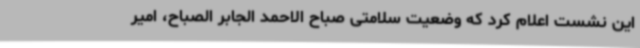
این نشست اعلام کرد که وضعیت سلامتی صباح الاحمد الجابر الصباح، امیر